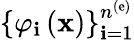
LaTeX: \left\{ \varphi_{\mathbf{i}}\left({\mathbf{x}}\right)\right\} _{\mathbf{i}=1}^{n^{\left(\mathrm{{e}}\right)}}